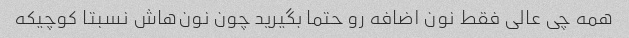
همه چی عالی فقط نون اضافه رو حتما بگیرید چون نون‌هاش نسبتا کوچیکه